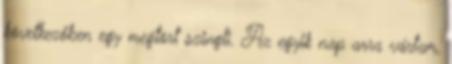
következőben egy megtört szingli. Az egyik nap arra vártam,